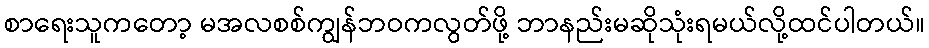
စာရေးသူကတော့ မအလစစ်ကျွန်ဘဝကလွတ်ဖို့ ဘာနည်းမဆိုသုံးရမယ်လို့ထင်ပါတယ်။